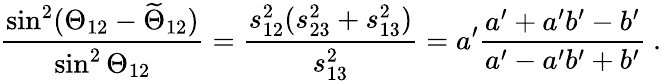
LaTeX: \frac{\sin^{2}(\Theta_{12}-\widetilde\Theta_{12})}{\sin^{2}\Theta_{12}}=\frac{s_{12}^{2}(s_{23}^{2}+s_{13}^{2})}{s_{13}^{2}}=a^{\prime}\frac{a^{\prime}+a^{\prime}b^{\prime}-b^{\prime}}{a^{\prime}-a^{\prime}b^{\prime}+b^{\prime}}\ .